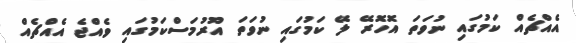
އެއްޗެއް ކަމުގައި ނުވަތަ އޮހޮރޭ ލޭ ކަމުގައި ނުވަތަ އޫރުމަސްކަމުގައި ވެއްޖެ އެއްޗެއް